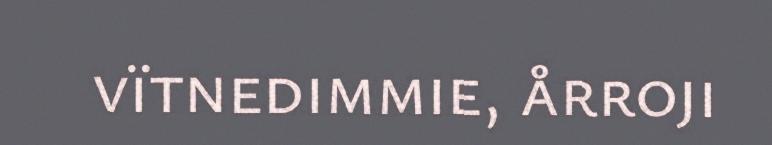
vïtnedimmie, årroji